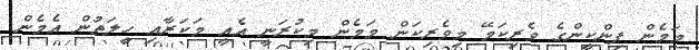
މަމެން ޕިންކީންގެ ވެރިކަމޭ މިވެރިކަން މަމެން މިކުރަނީ އެއީ މަކަރާއި ހީލަތުން އެމެން